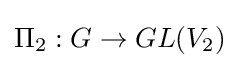
\Pi _{2}:G\rightarrow GL(V_{2})